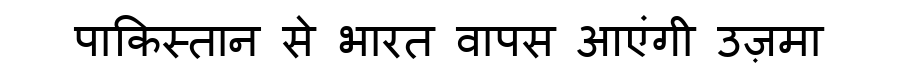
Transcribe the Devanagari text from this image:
पाकिस्तान से भारत वापस आएंगी उज़मा